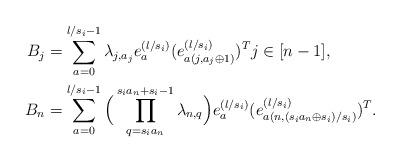
LaTeX: \begin{align*}B_j&=\sum_{a=0}^{l/s_i-1}\lambda_{j,a_j}e_a^{(l/s_i)} (e_{a(j,a_j\oplus 1)}^{(l/s_i)})^T j\in[n-1],\\B_n&=\sum_{a=0}^{l/s_i-1}\Big(\prod_{q=s_ia_n}^{s_ia_n+s_i-1}\lambda_{n,q}\Big)e_a^{(l/s_i)} (e_{a(n,(s_ia_n\oplus s_i)/s_i)}^{(l/s_i)})^T.\end{align*}